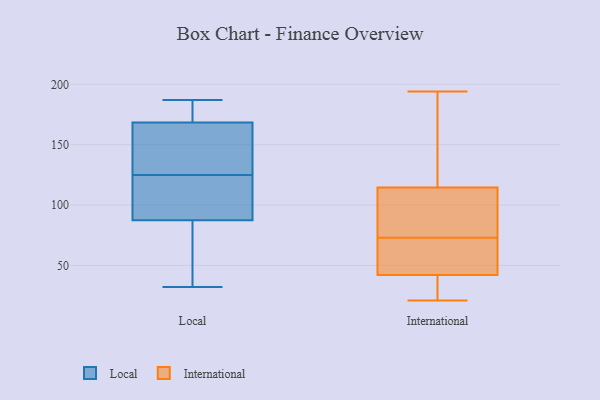
{"axis": {"x": "Budget (USD K)", "y": "Value"}, "legend": ["International", "Local"], "data": [{"x": "", "y": 36, "type": "Local"}, {"x": "", "y": 123, "type": "Local"}, {"x": "", "y": 187, "type": "Local"}, {"x": "", "y": 166, "type": "Local"}, {"x": "", "y": 171, "type": "Local"}, {"x": "", "y": 65, "type": "Local"}, {"x": "", "y": 32, "type": "Local"}, {"x": "", "y": 172, "type": "Local"}, {"x": "", "y": 127, "type": "Local"}, {"x": "", "y": 147, "type": "Local"}, {"x": "", "y": 113, "type": "Local"}, {"x": "", "y": 110, "type": "Local"}, {"x": "", "y": 194, "type": "International"}, {"x": "", "y": 33, "type": "International"}, {"x": "", "y": 40, "type": "International"}, {"x": "", "y": 76, "type": "International"}, {"x": "", "y": 70, "type": "International"}, {"x": "", "y": 82, "type": "International"}, {"x": "", "y": 55, "type": "International"}, {"x": "", "y": 44, "type": "International"}, {"x": "", "y": 37, "type": "International"}, {"x": "", "y": 21, "type": "International"}, {"x": "", "y": 86, "type": "International"}, {"x": "", "y": 143, "type": "International"}, {"x": "", "y": 113, "type": "International"}, {"x": "", "y": 116, "type": "International"}, {"x": "", "y": 65, "type": "International"}, {"x": "", "y": 138, "type": "International"}]}